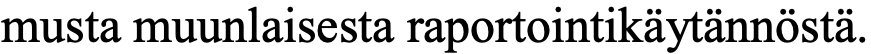
musta muunlaisesta raportointikäytännöstä.